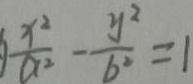
\frac { x ^ { 2 } } { a ^ { 2 } } - \frac { y ^ { 2 } } { b ^ { 2 } } = 1